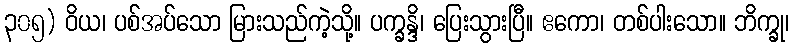
၃၀၅) ဝိယ၊ ပစ်အပ်သော မြားသည်ကဲ့သို့။ ပက္ခန္ဒိ၊ ပြေးသွားပြီ။ ဧကော၊ တစ်ပါးသော။ ဘိက္ခု၊